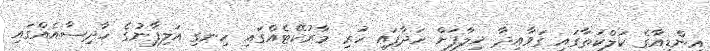
އިންޑިއާގެ ކަލްކަތާގައި ގަވާއިދާ ޚިލާފަށް ހަދާފައި ހުރި މާރުކޭޓެއްގައި ހިނގި އަލިފާނުގެ ހާދިސާއެއްގައި